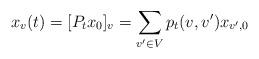
LaTeX: \begin{align*} x_v(t) = [P_tx_0]_v = \sum_{v' \in V} p_t(v,v')x_{v',0} \end{align*}